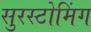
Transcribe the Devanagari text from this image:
सुरस्टोमिंग